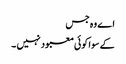
اے وہ جس
کے سوا کوئی معبود نہیں ۔